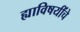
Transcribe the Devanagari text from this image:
ह्याविषयींचे